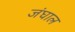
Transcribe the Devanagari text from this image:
जंघाल